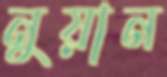
নুয়ান